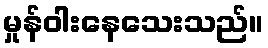
မှုန်ဝါးနေသေးသည်။